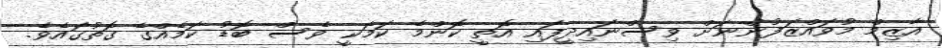
އާޒިމް މުވައްޒަފުންނަށް ވިސްނައިދީފައި އޮތީ ކޮންމެ ކަމަކީ ވެސް ބޮޑު ކަމެއްގެ ގޮތުގައެވެ.